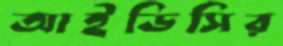
আইডিসির